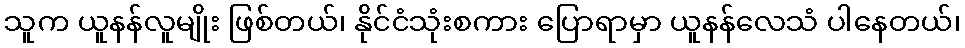
သူက ယူနန်လူမျိုး ဖြစ်တယ်၊ နိုင်ငံသုံးစကား ပြောရာမှာ ယူနန်လေသံ ပါနေတယ်၊